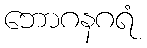
ဘောဂနဂရံ